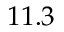
1 1 . 3